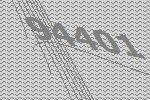
94401